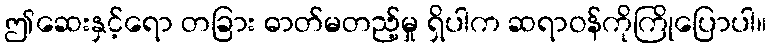
ဤဆေးနှင့်ရော တခြား ဓာတ်မတည့်မှု ရှိပါက ဆရာဝန်ကိုကြိုပြောပါ။